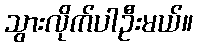
သွားလိုက်ပါဦးမယ်။